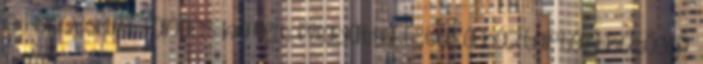
A Honvédelmi Tanács kiemelt feladattá tette a háztartási hűtőgép,